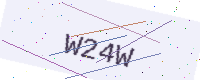
Text: W24W